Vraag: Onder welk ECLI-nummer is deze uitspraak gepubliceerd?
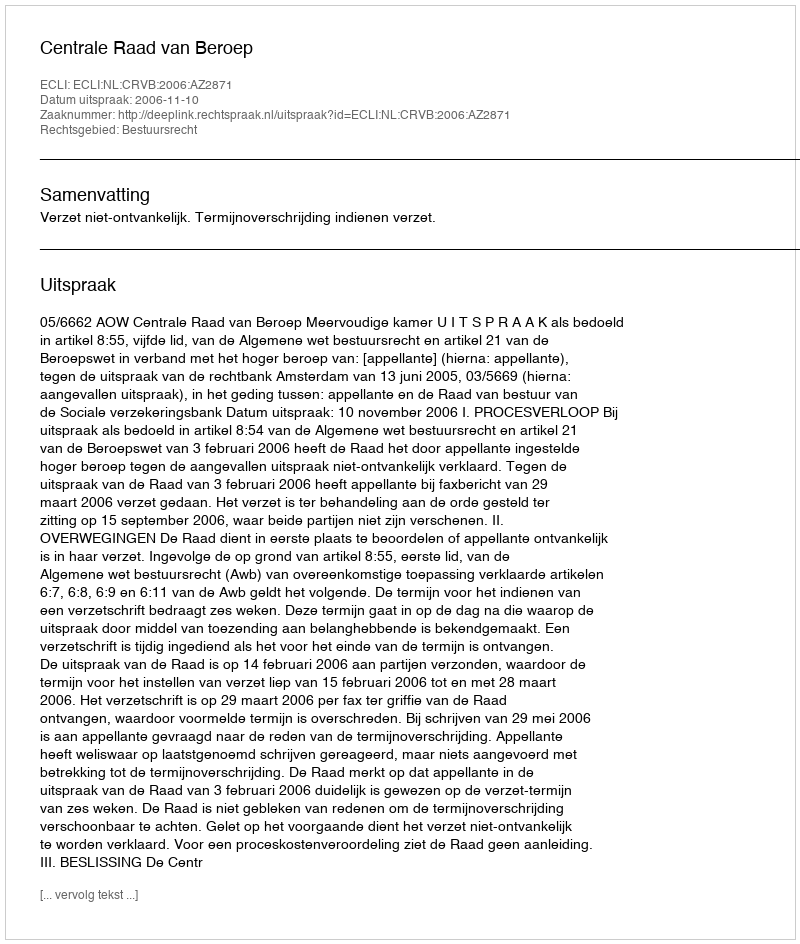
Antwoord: ECLI:NL:CRVB:2006:AZ2871